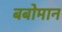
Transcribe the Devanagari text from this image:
बबोमान